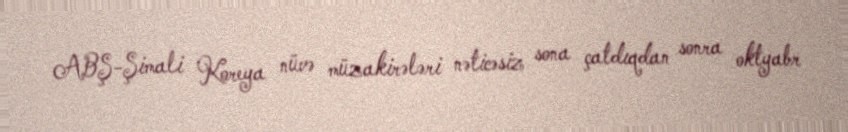
ABŞ-Şimali Koreya nüvə müzakirələri nəticəsiz sona çatdıqdan sonra oktyabr